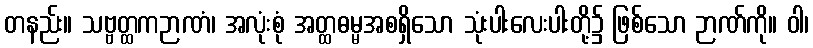
တနည်း။ သဗ္ဗတ္ထကဉာဏံ၊ အလုံးစုံ အတ္ထဓမ္မအစရှိသော သုံးပါးလေးပါးတို့၌ ဖြစ်သော ဉာဏ်ကို။ ဝါ၊